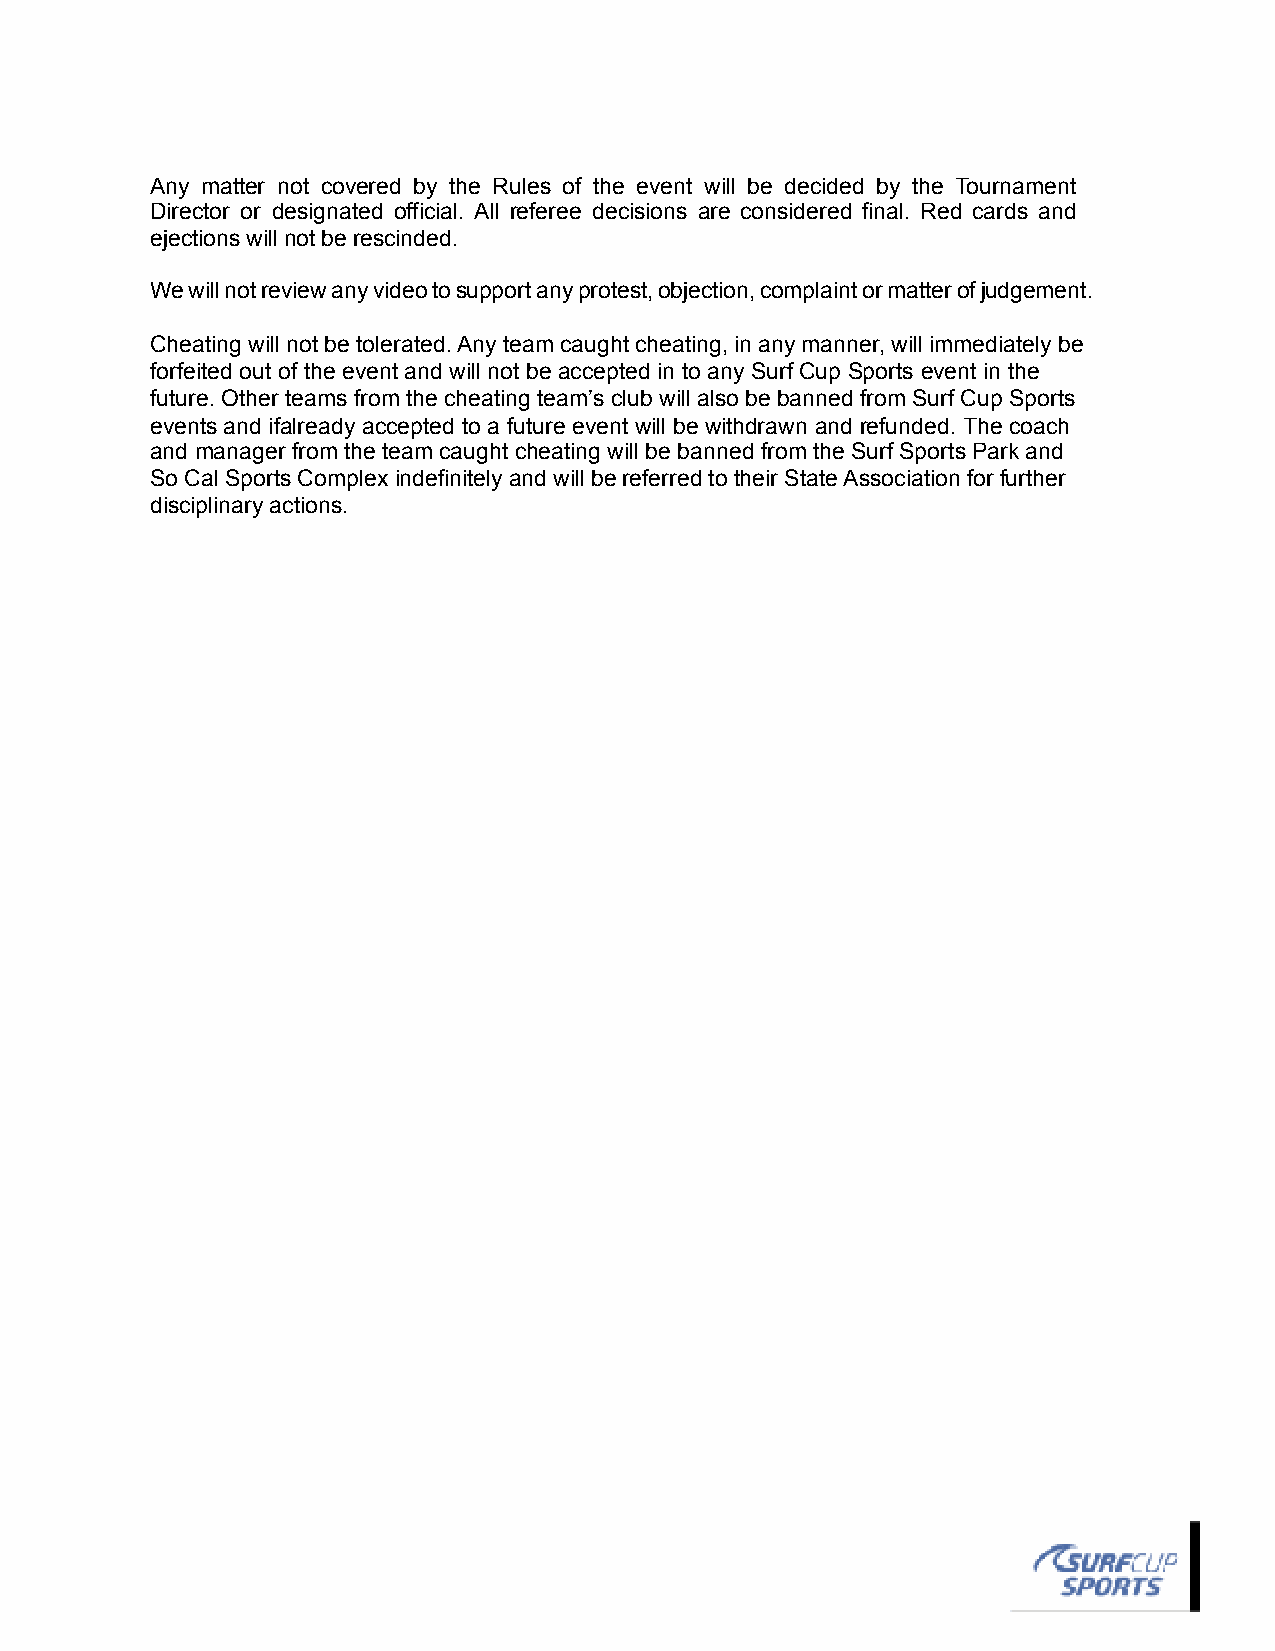
Any matter not covered by the Rules of the event will be decided by the Tournament
 Director or designated official. All referee decisions are considered final. Red cards and
 ejections will not be rescinded.
 We will not review any video to support any protest, objection, complaint or matter of judgement.
 Cheating will not be tolerated. Any team caught cheating, in any manner, will immediately be
 forfeited out of the event and will not be accepted in to any Surf Cup Sports event in the
 future. Other teams from the cheating team’s club will also be banned from Surf Cup Sports
 events and if already accepted to a future event will be withdrawn and refunded. The coach
 and manager from the team caught cheating will be banned from the Surf Sports Park and
 So Cal Sports Complex indefinitely and will be referred to their State Association for further
 disciplinary actions.